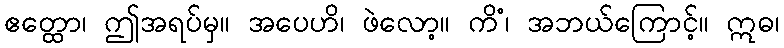
ဧတ္ထော၊ ဤအရပ်မှ။ အပေဟိ၊ ဖဲလော့။ ကိံ၊ အဘယ်ကြောင့်။ ဣဓ၊